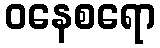
ဝနေစရော